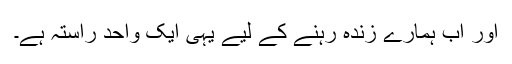
اور اب ہمارے زندہ رہنے کے لیے یہی ایک واحد راستہ ہے۔